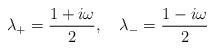
LaTeX: \begin{align*}\lambda_{+}=\frac{1+i\omega}{2},\quad\lambda_{-}=\frac{1-i\omega}{2}\end{align*}